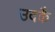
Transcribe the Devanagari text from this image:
उदकै